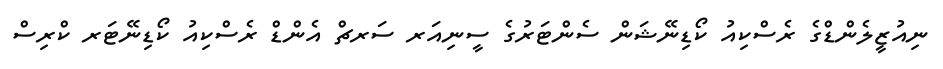
ނިއުޒީލެންޑްގެ ރެސްކިއު ކޯޑިނޭޝަން ސެންޓަރުގެ ސީނިއަރ ސަރޗް އެންޑް ރެސްކިއު ކޯޑިނޭޓަރ ކްރިސް